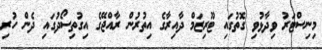
މިނިސްޓަރު ވިދާޅުވި ގޮތުގައި ޓޫރިޒަމް ދާއިރާގެ އިތުރުން ރާއްޖޭގެ އިގުތިސޯދުގައި ދެން ހުރި